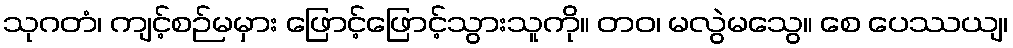
သုဂတံ၊ ကျင့်စဉ်မမှား ဖြောင့်ဖြောင့်သွားသူကို။ တဝ၊ မလွဲမသွေ။ စေ ပေဿယျ၊